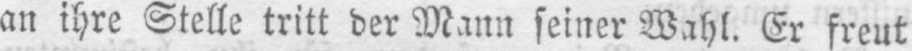
an ihre Stelle tritt der Mann seiner Wahl. Er freut